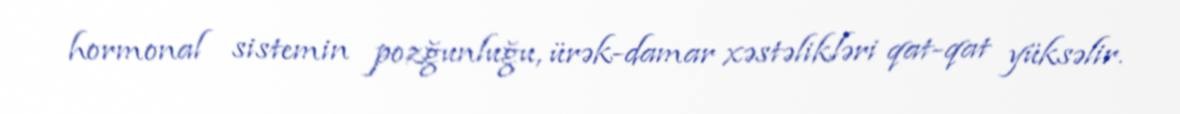
hormonal sistemin pozğunluğu, ürək-damar xəstəlikləri qat-qat yüksəlir.